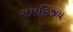
રામવિજય